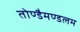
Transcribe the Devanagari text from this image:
तोण्डैमण्डलम